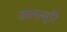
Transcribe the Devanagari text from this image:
कलत्सूरि